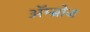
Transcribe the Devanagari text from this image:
अॅम्ब्रोज